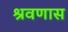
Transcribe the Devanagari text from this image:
श्रवणास